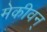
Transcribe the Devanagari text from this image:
मेकीवन्